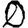
Digit: 0